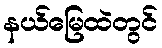
နယ်မြေထဲတွင်